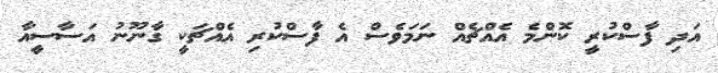
އަދި ފާސްކުރީ ކޮންމެ އެއްޗެއް ނަމަވެސް އެ ފާސްކުރި އެއްޗަކީ ގާނޫނު އަސާސީއާ